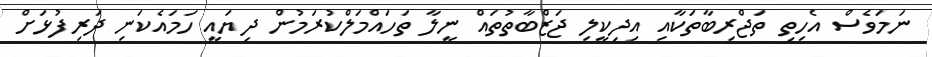
ނަމަވެސް އެހިތި ތަޖްރިބާތަކާއި އިދިކީލި ޖަޒްބާތުތައް ނީލާ ތަހައްމަލްކުރަމުން ދިޔައީ ހަމައެކަނި ދަރިފުޅަށް